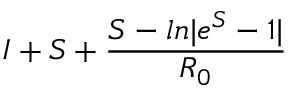
I + S + \frac { S - l n | e ^ { S } - 1 | } { R _ { 0 } }